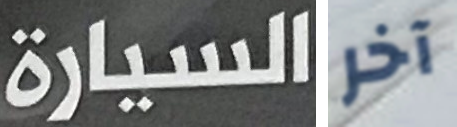
السيارة آخر